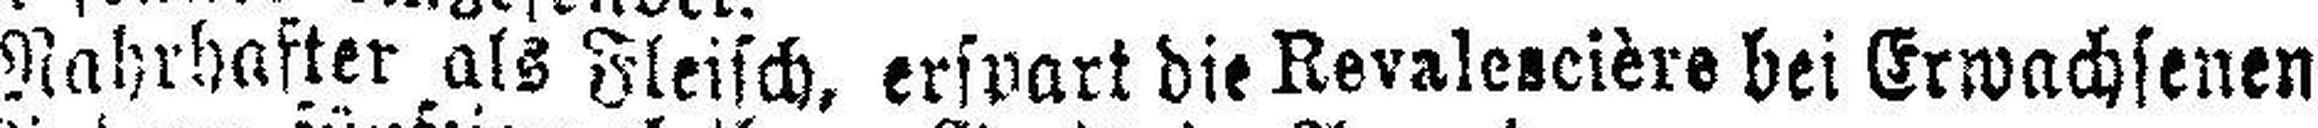
Nahrhafter als Fleisch, erspart die Revalescière bei Erwachsenen